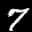
Label: 7